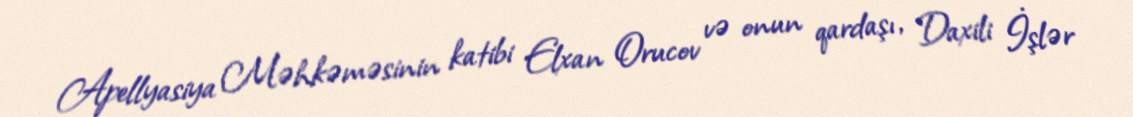
Apellyasiya Məhkəməsinin katibi Elxan Orucov və onun qardaşı, Daxili İşlər